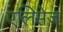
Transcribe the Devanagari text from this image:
एलिसेज